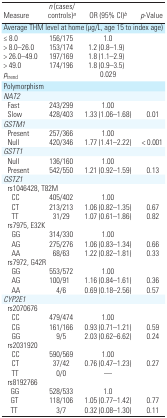
<table><thead><tr><td><b>Measure</b></td><td><b><i>n</i> (cases/controls)a</b></td><td><b>OR (95% CI)b</b></td><td><b><i>p</i>-Value</b></td></tr></thead><tbody><tr><td colspan="4">Average THM level at home (μg/L, age 15 to index age)</td></tr><tr><td>≤ 8.0</td><td>156/175</td><td>1.0</td><td></td></tr><tr><td>&gt; 8.0–26.0</td><td>153/174</td><td>1.2 (0.8–1.9)</td><td></td></tr><tr><td>&gt; 26.0–49.0</td><td>197/169</td><td>1.8 (1.1–2.9)</td><td></td></tr><tr><td>&gt; 49.0</td><td>174/196</td><td>1.8 (0.9–3.5)</td><td></td></tr><tr><td><i>p</i><sub>trend</sub></td><td></td><td>0.029</td><td></td></tr><tr><td colspan="4">Polymorphism</td></tr><tr><td colspan="4"><i>NAT2</i></td></tr><tr><td> Fast</td><td>243/299</td><td>1.00</td><td></td></tr><tr><td> Slow</td><td>428/403</td><td>1.33 (1.06–1.68)</td><td>0.01</td></tr><tr><td colspan="4"><i>GSTM1</i></td></tr><tr><td> Present</td><td>257/366</td><td>1.00</td><td></td></tr><tr><td> Null</td><td>420/346</td><td>1.77 (1.41–2.22)</td><td>&lt; 0.001</td></tr><tr><td colspan="4"><i>GSTT1</i></td></tr><tr><td> Null</td><td>136/160</td><td>1.00</td><td></td></tr><tr><td> Present</td><td>542/550</td><td>1.21 (0.92–1.59)</td><td>0.13</td></tr><tr><td colspan="4"><i>GSTZ1</i></td></tr><tr><td colspan="4"> rs1046428, T82M</td></tr><tr><td>CC</td><td>405/402</td><td>1.00</td><td></td></tr><tr><td>CT</td><td>213/213</td><td>1.06 (0.82–1.35)</td><td>0.67</td></tr><tr><td>TT</td><td>31/29</td><td>1.07 (0.61–1.86)</td><td>0.82</td></tr><tr><td colspan="4"> rs7975, E32K</td></tr><tr><td>GG</td><td>314/330</td><td>1.00</td><td></td></tr><tr><td>AG</td><td>275/276</td><td>1.06 (0.83–1.34)</td><td>0.66</td></tr><tr><td>AA</td><td>68/63</td><td>1.22 (0.82–1.81)</td><td>0.33</td></tr><tr><td colspan="4"> rs7972, G42R</td></tr><tr><td>GG</td><td>553/572</td><td>1.00</td><td></td></tr><tr><td>AG</td><td>100/91</td><td>1.16 (0.84–1.61)</td><td>0.36</td></tr><tr><td>AA</td><td>4/6</td><td>0.69 (0.18–2.56)</td><td>0.57</td></tr><tr><td colspan="4"><i>CYP2E1</i></td></tr><tr><td colspan="4"> rs2070676</td></tr><tr><td>CC</td><td>479/474</td><td>1.00</td><td></td></tr><tr><td>CG</td><td>161/166</td><td>0.93 (0.71–1.21)</td><td>0.59</td></tr><tr><td>GG</td><td>9/5</td><td>2.03 (0.62–6.62)</td><td>0.24</td></tr><tr><td colspan="4"> rs2031920</td></tr><tr><td>CC</td><td>590/569</td><td>1.00</td><td></td></tr><tr><td>CT</td><td>37/42</td><td>0.76 (0.47–1.23)</td><td>0.27</td></tr><tr><td>TT</td><td>0/0</td><td>—</td><td></td></tr><tr><td colspan="4"> rs8192766</td></tr><tr><td>GG</td><td>528/533</td><td>1.0</td><td></td></tr><tr><td>GT</td><td>118/106</td><td>1.05 (0.77–1.42)</td><td>0.77</td></tr><tr><td>TT</td><td>3/7</td><td>0.32 (0.08–1.30)</td><td>0.11</td></tr></tbody></table>